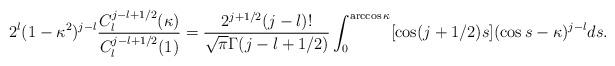
LaTeX: \begin{align*}2^l(1-\kappa^2)^{j-l}\frac{C_l^{j-l+1/2}(\kappa)}{C_l^{j-l+1/2}(1)} = \frac{2^{j+1/2}(j-l)!}{\sqrt{\pi}\Gamma(j-l+1/2)}\int_0^{\arccos \kappa}[\cos(j+1/2)s](\cos s-\kappa)^{j-l}ds.\end{align*}